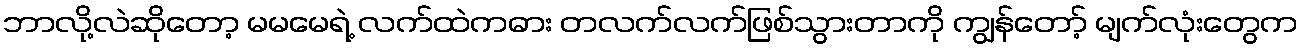
ဘာလို့လဲဆိုတော့ မမမေရဲ့ လက်ထဲကဓား တလက်လက်ဖြစ်သွားတာကို ကျွန်တော့် မျက်လုံးတွေက